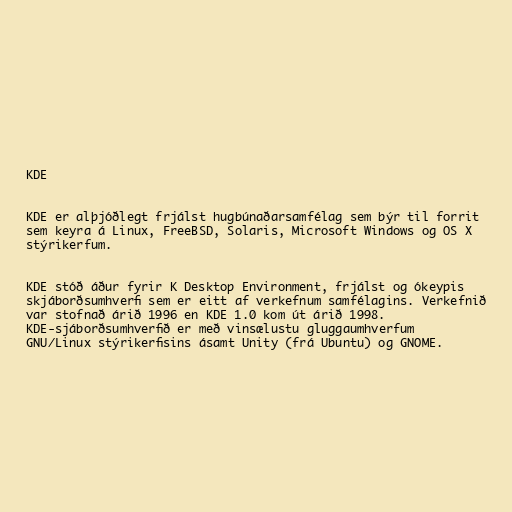
KDE

KDE er alþjóðlegt frjálst hugbúnaðarsamfélag sem býr til forrit
sem keyra á Linux, FreeBSD, Solaris, Microsoft Windows og OS X
stýrikerfum.

KDE stóð áður fyrir K Desktop Environment, frjálst og ókeypis
skjáborðsumhverfi sem er eitt af verkefnum samfélagins. Verkefnið
var stofnað árið 1996 en KDE 1.0 kom út árið 1998.
KDE-sjáborðsumhverfið er með vinsælustu gluggaumhverfum
GNU/Linux stýrikerfisins ásamt Unity (frá Ubuntu) og GNOME.